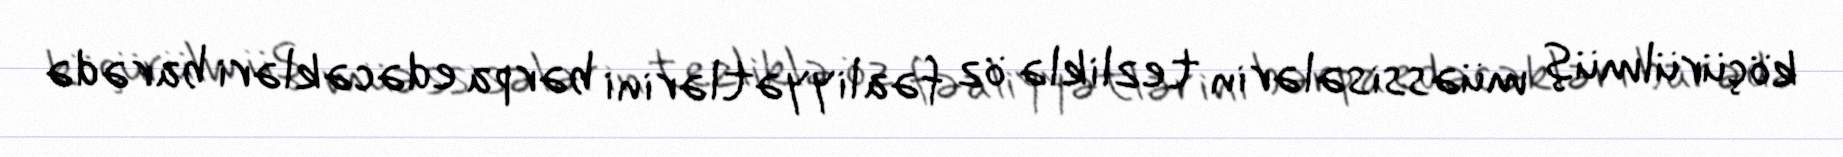
köçürülmüş müəssisələrin tezliklə öz fəaliyyətlərini bərpa edəcəkləri barədə